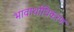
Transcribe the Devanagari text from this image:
भावार्थाधिकरण